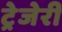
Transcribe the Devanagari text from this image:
ट्रेजेरी